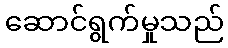
ဆောင်ရွက်မှုသည်